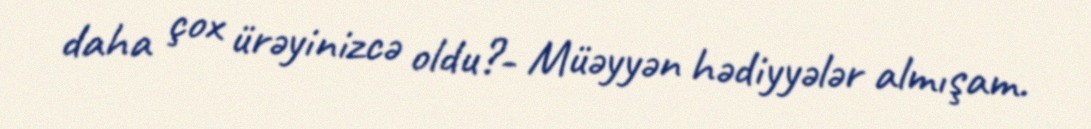
daha çox ürəyinizcə oldu?- Müəyyən hədiyyələr almışam.